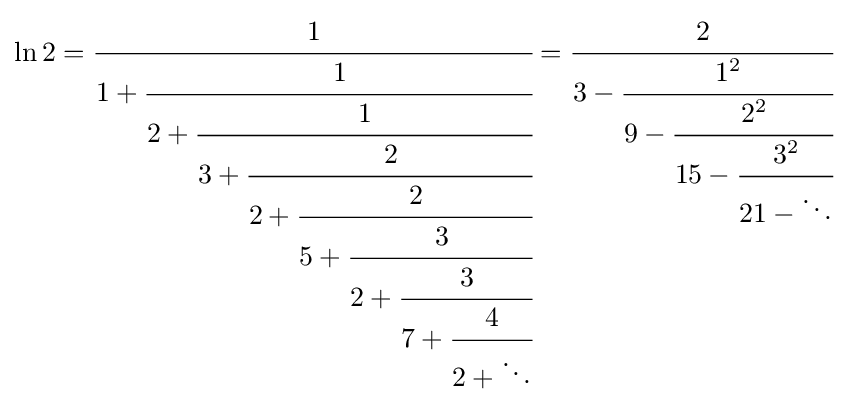
\ln 2={\cfrac {1}{1+{\cfrac {1}{2+{\cfrac {1}{3+{\cfrac {2}{2+{\cfrac {2}{5+{\cfrac {3}{2+{\cfrac {3}{7+{\cfrac {4}{2+\ddots }}}}}}}}}}}}}}}}={\cfrac {2}{3-{\cfrac {1^{2}}{9-{\cfrac {2^{2}}{15-{\cfrac {3^{2}}{21-\ddots }}}}}}}}